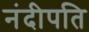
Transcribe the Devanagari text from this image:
नंदीपति